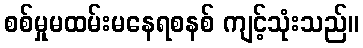
စစ်မှုမထမ်းမနေရစနစ် ကျင့်သုံးသည်။